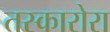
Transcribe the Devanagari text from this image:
तस्कारोरा